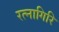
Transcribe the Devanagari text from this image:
रत्‍नागिरि